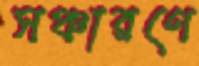
সঞ্চারণে